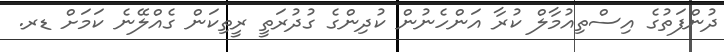
ދުންފަތުގެ އިސްތިއުމާލް ކުރާ އަންހެނުން ކުދިންގެ ގުދުރަތީ ރީތިކަން ގެއްލޭނެ ކަމަށް ޑރ.